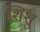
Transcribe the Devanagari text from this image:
शिशु